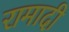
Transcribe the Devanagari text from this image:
रामादी